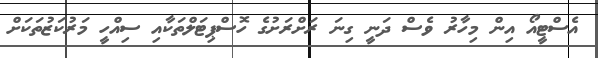
އެސްޓީއޯ އިން މިހާރު ވެސް ދަނީ ގިނަ ރަށްރަށުގެ ހޮސްޕިޓަލްތަކާއި ސިއްހީ މަރުކަޒުތަކަށް